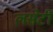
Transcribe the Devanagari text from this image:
लसेटी